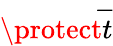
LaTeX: \protect\overrightarrow{t}